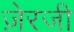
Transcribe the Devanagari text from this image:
ज़ेरजी